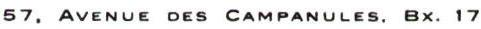
57. AVENUE DES CAMPANULES. BX. 17